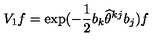
V _ { 1 } f = \exp ( - \frac { 1 } { 2 } b _ { k } \widehat { \theta } ^ { k j } b _ { j } ) f